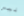
ليس